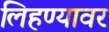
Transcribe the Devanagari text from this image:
लिहण्यावर